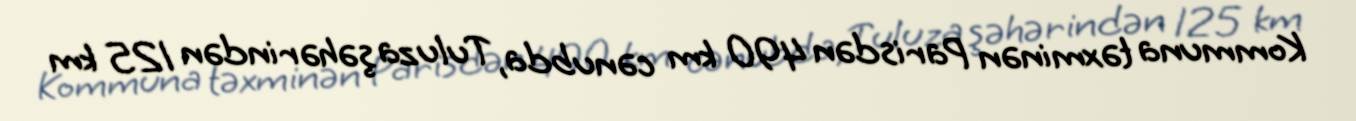
Kommuna təxminən Parisdən 490 km cənubda, Tuluza şəhərindən 125 km